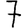
Digit: 7